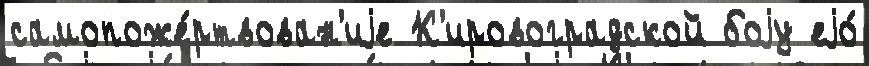
самопоже́ртвован'иjе К'ировоградской боjу еjо́